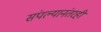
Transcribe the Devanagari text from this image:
संपल्यानंतरही